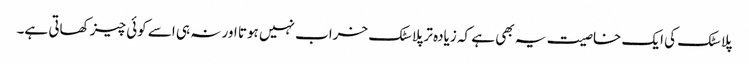
پلاسٹک کی ایک خاصیت یہ بھی ہے کہ زیادہ تر پلاسٹک خراب نہیں ہوتا اور نہ ہی اسے کوئی چیز کھاتی ہے۔